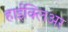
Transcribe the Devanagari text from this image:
हाईक्लिअर